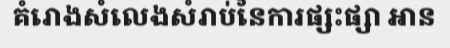
គំរោងសំលេងសំរាប់នៃការផ្សះផ្សា អាន